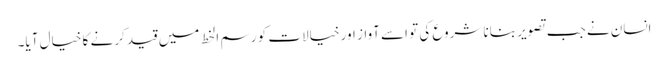
انسان نے جب تصویر بنانا شروع کی تو اسے آواز اور خیالات کو رسم الخط میں قید کرنے کا خیال آیا۔